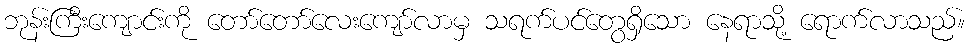
ဘုန်းကြီးကျောင်းကို တော်တော်လေးကျော်လာမှ သရက်ပင်တွေရှိသော နေရာသို့ ရောက်လာသည်။